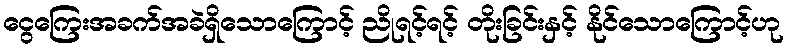
ငွေကြေးအခက်အခဲရှိသောကြောင့် ညိုရင့်ရင့် တိုးခြင်းနှင့် နိုင်သောကြောင့်ဟု